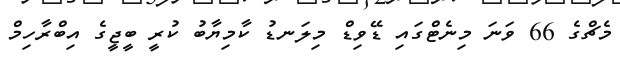
މެޗްގެ 66 ވަނަ މިނެޓްގައި ޑޭވިޑް މިލަނޑު ކާމިޔާބު ކުރީ ބީޖީގެ އިބްރާހިމް